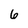
Character: 6